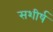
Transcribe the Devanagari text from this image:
सशीर्ष